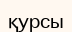
қурсы